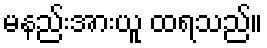
မနည်းအားယူ ထရသည်။